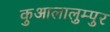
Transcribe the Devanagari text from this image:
कुआलालुम्पुर